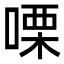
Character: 㗚